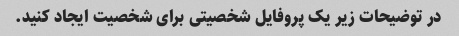
در توضیحات زیر یک پروفایل شخصیتی برای شخصیت ایجاد کنید.